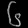
Digit: ၆